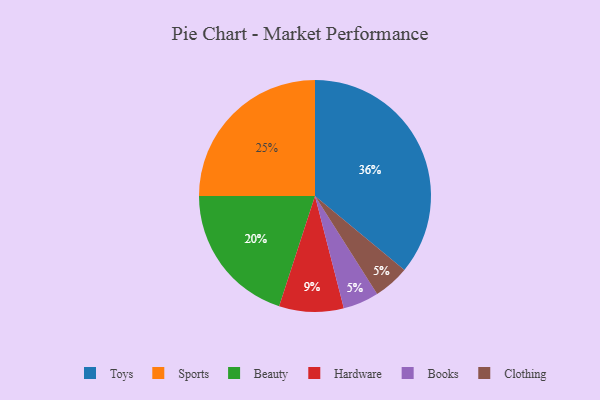
{"axis": {"x": "Category", "y": "Percentage"}, "legend": ["Beauty", "Books", "Clothing", "Hardware", "Sports", "Toys"], "data": [{"x": "Toys", "y": 36, "type": "Toys"}, {"x": "Books", "y": 5, "type": "Books"}, {"x": "Beauty", "y": 20, "type": "Beauty"}, {"x": "Hardware", "y": 9, "type": "Hardware"}, {"x": "Clothing", "y": 5, "type": "Clothing"}, {"x": "Sports", "y": 25, "type": "Sports"}]}